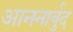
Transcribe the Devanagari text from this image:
आननार्बुद